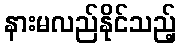
နားမလည်နိုင်သည့်